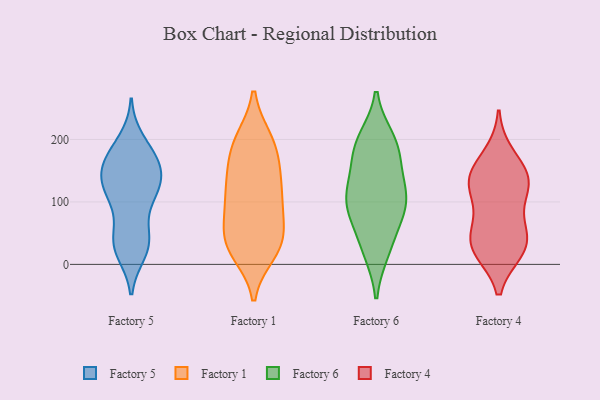
{"axis": {"x": "Active Users", "y": "Value"}, "legend": ["Factory 1", "Factory 4", "Factory 5", "Factory 6"], "data": [{"x": "", "y": 51, "type": "Factory 5"}, {"x": "", "y": 146, "type": "Factory 5"}, {"x": "", "y": 39, "type": "Factory 5"}, {"x": "", "y": 108, "type": "Factory 5"}, {"x": "", "y": 180, "type": "Factory 5"}, {"x": "", "y": 119, "type": "Factory 5"}, {"x": "", "y": 168, "type": "Factory 5"}, {"x": "", "y": 198, "type": "Factory 5"}, {"x": "", "y": 177, "type": "Factory 5"}, {"x": "", "y": 30, "type": "Factory 5"}, {"x": "", "y": 130, "type": "Factory 5"}, {"x": "", "y": 151, "type": "Factory 5"}, {"x": "", "y": 27, "type": "Factory 5"}, {"x": "", "y": 34, "type": "Factory 5"}, {"x": "", "y": 113, "type": "Factory 5"}, {"x": "", "y": 101, "type": "Factory 5"}, {"x": "", "y": 130, "type": "Factory 5"}, {"x": "", "y": 146, "type": "Factory 5"}, {"x": "", "y": 164, "type": "Factory 5"}, {"x": "", "y": 20, "type": "Factory 5"}, {"x": "", "y": 200, "type": "Factory 1"}, {"x": "", "y": 198, "type": "Factory 1"}, {"x": "", "y": 48, "type": "Factory 1"}, {"x": "", "y": 69, "type": "Factory 1"}, {"x": "", "y": 27, "type": "Factory 1"}, {"x": "", "y": 200, "type": "Factory 1"}, {"x": "", "y": 87, "type": "Factory 1"}, {"x": "", "y": 30, "type": "Factory 1"}, {"x": "", "y": 28, "type": "Factory 1"}, {"x": "", "y": 135, "type": "Factory 1"}, {"x": "", "y": 142, "type": "Factory 1"}, {"x": "", "y": 102, "type": "Factory 1"}, {"x": "", "y": 105, "type": "Factory 1"}, {"x": "", "y": 163, "type": "Factory 1"}, {"x": "", "y": 114, "type": "Factory 1"}, {"x": "", "y": 41, "type": "Factory 1"}, {"x": "", "y": 171, "type": "Factory 1"}, {"x": "", "y": 19, "type": "Factory 1"}, {"x": "", "y": 104, "type": "Factory 6"}, {"x": "", "y": 184, "type": "Factory 6"}, {"x": "", "y": 116, "type": "Factory 6"}, {"x": "", "y": 111, "type": "Factory 6"}, {"x": "", "y": 26, "type": "Factory 6"}, {"x": "", "y": 200, "type": "Factory 6"}, {"x": "", "y": 22, "type": "Factory 6"}, {"x": "", "y": 92, "type": "Factory 6"}, {"x": "", "y": 89, "type": "Factory 6"}, {"x": "", "y": 65, "type": "Factory 6"}, {"x": "", "y": 195, "type": "Factory 6"}, {"x": "", "y": 176, "type": "Factory 6"}, {"x": "", "y": 141, "type": "Factory 6"}, {"x": "", "y": 127, "type": "Factory 4"}, {"x": "", "y": 27, "type": "Factory 4"}, {"x": "", "y": 175, "type": "Factory 4"}, {"x": "", "y": 75, "type": "Factory 4"}, {"x": "", "y": 23, "type": "Factory 4"}, {"x": "", "y": 148, "type": "Factory 4"}, {"x": "", "y": 129, "type": "Factory 4"}, {"x": "", "y": 27, "type": "Factory 4"}, {"x": "", "y": 133, "type": "Factory 4"}, {"x": "", "y": 127, "type": "Factory 4"}, {"x": "", "y": 34, "type": "Factory 4"}, {"x": "", "y": 54, "type": "Factory 4"}]}